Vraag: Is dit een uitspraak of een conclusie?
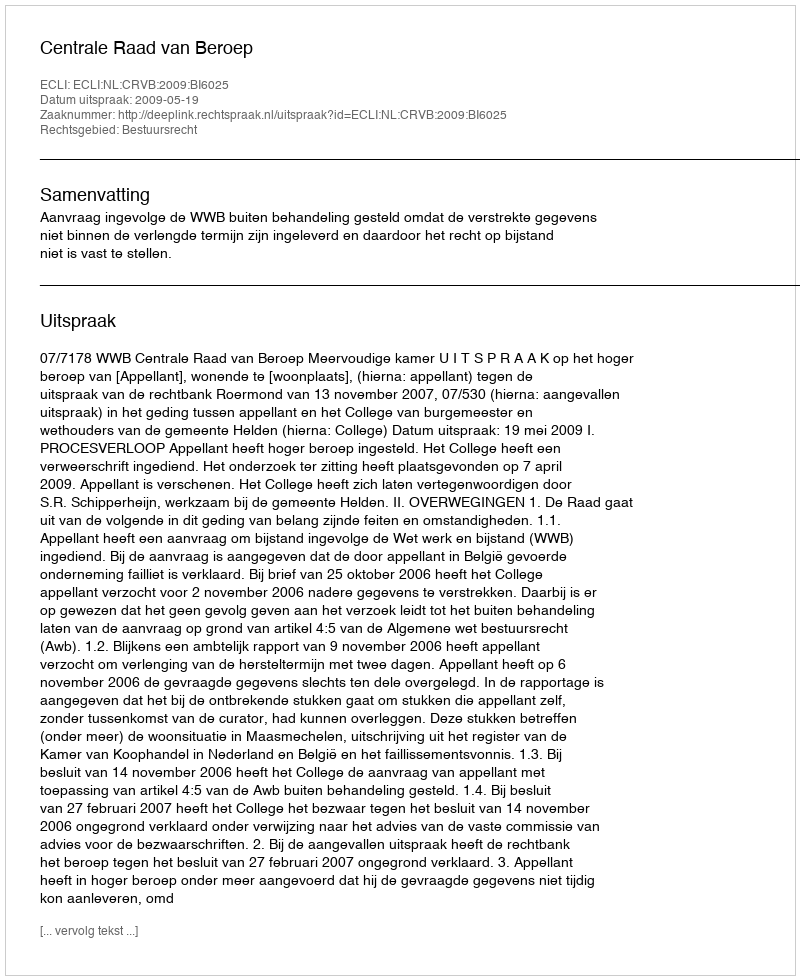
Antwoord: Uitspraak